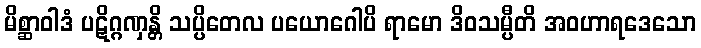
မိစ္ဆာဝါဒံ ပဋိဂ္ဂဏှန္တိ သပ္ပိတေလ ပယောဂေါပိ ရာမော ဒိဝသမ္ပီတိ အဝဟာရဒေသော